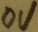
Text: 0V